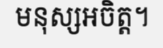
មនុស្សអចិត្ត។